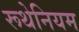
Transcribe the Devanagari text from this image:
रूथेनियम